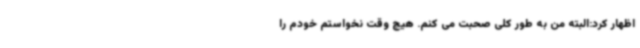
اظهار کرد:البته من به طور کلی صحبت می کنم. هیچ وقت نخواستم خودم را